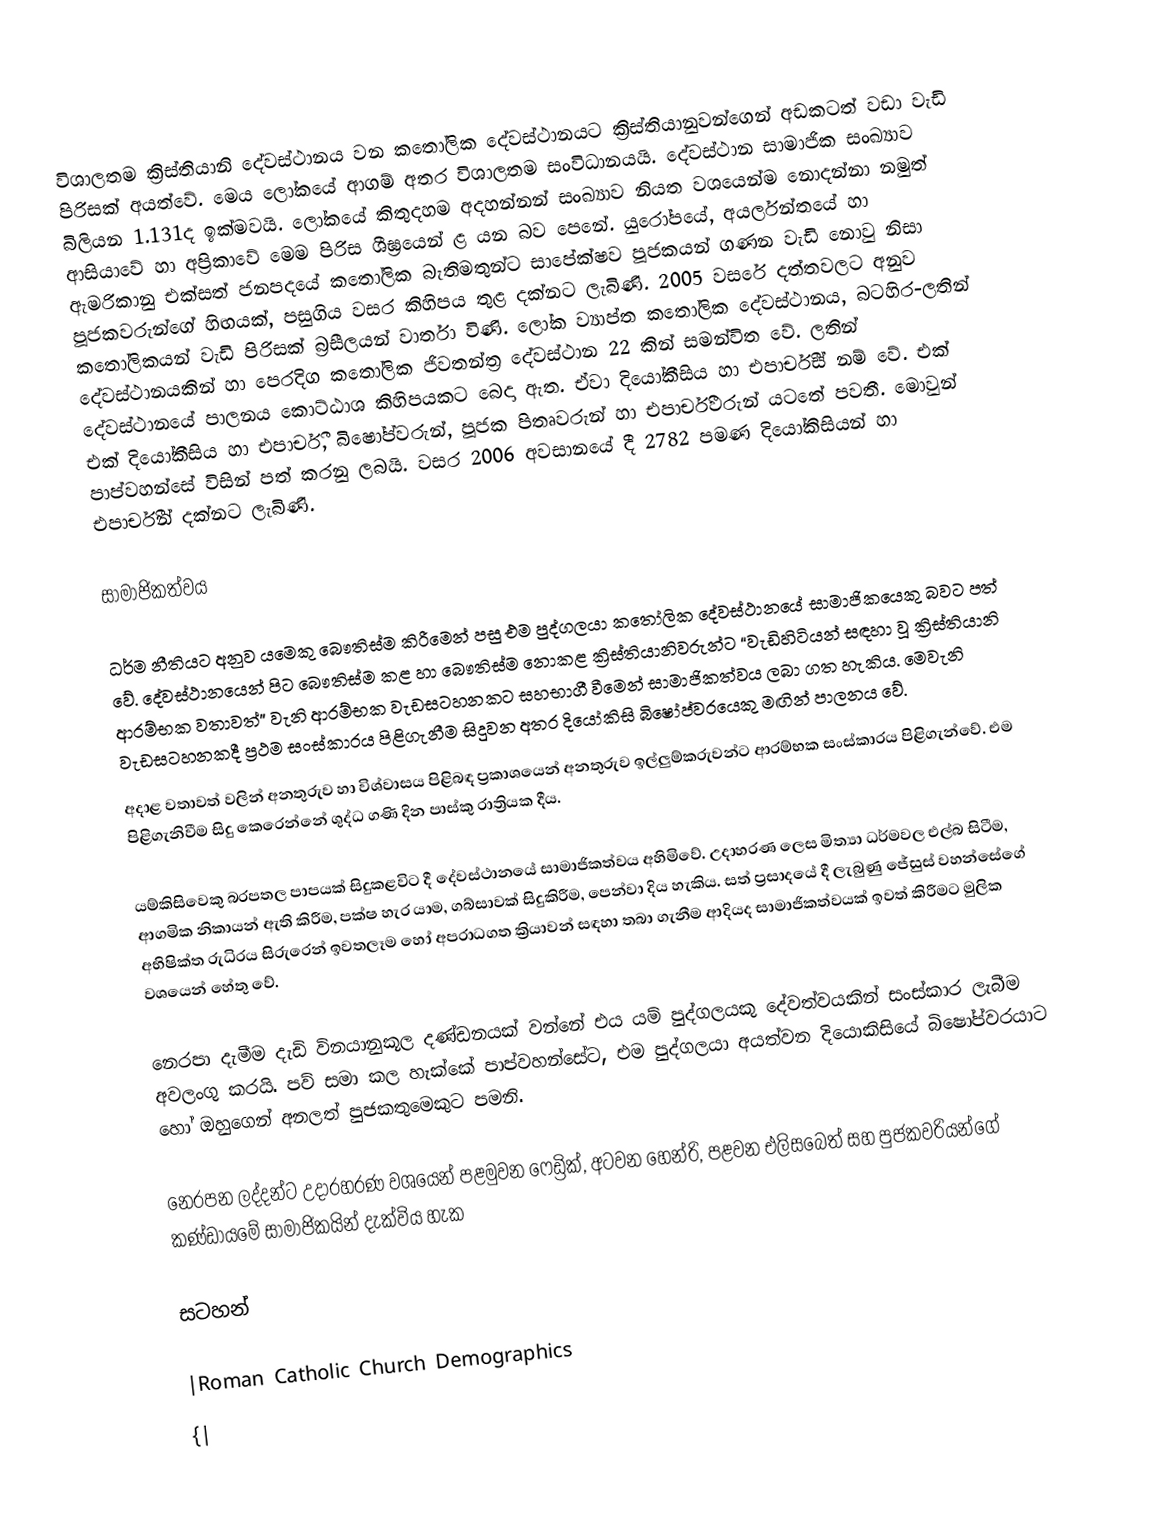
විශාලතම ක්‍රිස්තියානි දේවස්ථානය වන කතෝලික දේවස්ථානයට ක්‍රිස්තියානුවන්ගෙන් අඩකටත් වඩා වැඩි පිරිසක් අයත්වේ. මෙය ලෝකයේ ආගම් අතර විශාලතම සංවිධානයයි. ‍දේවස්ථාන සාමාජික සංඛ්‍යාව බිලියන 1.131ද ඉක්මවයි. ලෝකයේ කිතුදහම අදහන්නන් සංඛ්‍යාව නියත වශයෙන්ම නොදන්නා නමුත් ආසියාවේ හා අප්‍රිකාවේ මෙම පිරිස ශීඝ්‍රයෙන් ළ යන බව පෙනේ. යුරෝපයේ, අයර්ලන්තයේ හා ඇමරිකානු එක්සත් ජනපදයේ කතෝලික බැතිමතුන්ට සාපේක්ෂව පූජකයන් ගණන වැඩි නොවු නිසා පූජකවරුන්ගේ හිඟයක්, පසුගිය වසර කිහිපය තුළ දක්නට ලැබිණි. 2005 වසරේ දත්තවලට අනුව කතෝලිකයන් වැඩි පිරිසක් බ්‍රසීලයන් වාර්තා විණි. ‍ලෝක ව්‍යාප්ත කතෝලික දේවස්ථානය, බටහිර-ලතින් දේවස්ථානයකින් හා පෙරදිග කතෝලික  ජිවතන්ත්‍ර දේවස්ථාන 22 කින් සමන්විත වේ.  ලතින් දේවස්ථානයේ පාලනය කොට්ඨාශ කිහිපයකට  බෙදා ඇත. ඒවා දියෝකීසිය හා  එපාර්චීස් නම් වේ. එක් එක් දියෝකීසිය හා  එපාර්චී, බිෂෝප්වරුන්, පූජක පිතෘවරුන් හා එපාර්චීවරුන් යටතේ පවතී. මොවුන් පාප්වහන්සේ විසින් පත් කරනු ලබයි. වසර 2006 අවසානයේ දී 2782 පමණ දියෝකිසියන් හා එපාර්චීන් දක්නට ලැබිණි.

සාමාජිකත්වය

ධර්ම නීතියට අනුව යමෙකු බෞතිස්ම කිරීමෙන් පසු එම පුද්ගලයා කතෝලික දේවස්ථානයේ සාමාජිකයෙකු බවට පත් වේ. ‍දේවස්ථානයෙන් පිට බෞතිස්ම කළ හා බෞතිස්ම නොකළ ක්‍රිස්තියානිවරුන්ට ‍“වැඩිහිටියන් සඳහා වූ ක්‍රිස්තියානි ආරම්භක වතාවත්” වැනි ආරම්භක වැඩසටහනකට සහභාගී වීමෙන් සාමාජිකත්වය ලබා ගත හැකිය. මෙවැනි වැඩසටහනකදී ප්‍රථම සංස්කාරය පිළිගැනීම සිදුවන අතර දියෝකිසි බිෂෝප්වරයෙකු මඟින් පාලනය වේ.
අදාළ වතාවත් වලින් අනතුරුව හා විශ්වාසය පිළිබඳ ප්‍රකාශයෙන් අනතුරුව ඉල්ලුම්කරුවන්ට ආරම්භක සංස්කාරය පිළිගැන්වේ. එම පිළිගැනිවීම සිදු කෙරෙන්නේ ශුද්ධ ගණි දින පාස්කු රාත්‍රියක දීය.

යම්කිසිවෙකු බරපතල පාපයක් සිදුකළවිට දී දේවස්ථානයේ සාමාජිකත්වය අහිමිවේ. උදාහරණ ලෙස මිත්‍යා ධර්මවල එල්බ සිටීම,  ආගමික නිකායන් ඇති කිරීම, පක්ෂ හැර යාම, ගබ්සාවක් සිදුකිරීම, පෙන්වා දිය හැකිය. සත් ප්‍රසාදයේ දී ලැබුණු ජේසුස් වහන්සේගේ අභිෂික්ත ‍රුධිරය  සිරුරෙන් ඉවතලෑම හෝ අපරාධගත ක්‍රියාවන් සඳහා තබා ගැනීම ආදියද සාමාජිකත්වයක් ඉවත් කිරීමට මුලික වශයෙන් හේතු වේ.

නෙරපා දැමීම දැඩි විනයානුකූල දණ්ඩනයක් වන්නේ එය යම් පුද්ගලයකු ‍දේවත්වයකින් සංස්කාර ලැබීම අවලංගු කරයි.  පව් සමා කල හැක්කේ පාප්වහන්සේට, එම පුද්ගලයා අයත්වන දියොකිසියේ බිෂෝප්වරයාට හෝ ඔහුගෙන් අනලත් පුජකතුමෙකුට පමනි.

නෙරපන ලද්දන්ට උදාරහරණ වශයෙන් පළමුවන ෆෙඩ්‍රික්, අටවන හෙන්රි, පළවන එලිසබෙත් සහ පුජකවරියන්ගේ කණ්ඩායමේ සාමාජිකයින් දැක්විය හැක

සටහන්

|Roman Catholic Church Demographics
{|